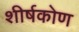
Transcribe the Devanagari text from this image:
शीर्षकोण